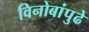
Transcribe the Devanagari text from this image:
विनोबांपुढे